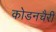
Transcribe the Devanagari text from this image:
कोडनचैरी